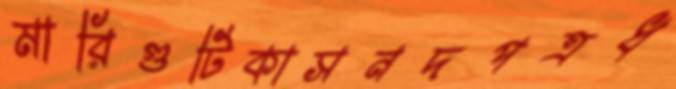
মারিগুটিকাসনদপত্রধ